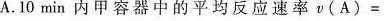
A.10min内甲容器中的平均反应速率v(A)=